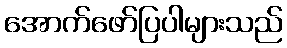
အောက်ဖော်ပြပါများသည်